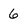
Character: 6